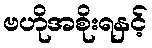
ဗဟိုအစိုးရနှင့်